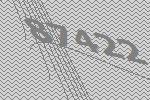
87422